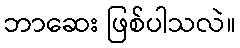
ဘာဆေး ဖြစ်ပါသလဲ။